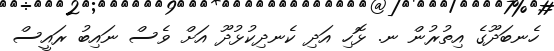
ހެނބަދޫގެ އިތުރުން ނ. ޅޮހި އަދި ކެނދިކުޅުދޫ އަށް ވެސް ނައިބު ރައީސް